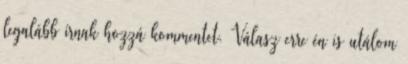
legalább írnak hozzá kommentet. Válasz erre én is utálom